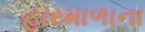
હારમાળાના